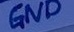
Text: GND